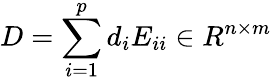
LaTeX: D=\sum_{i=1}^{p}d_{i}E_{ii}\in R^{n\times m}